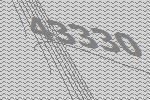
43330